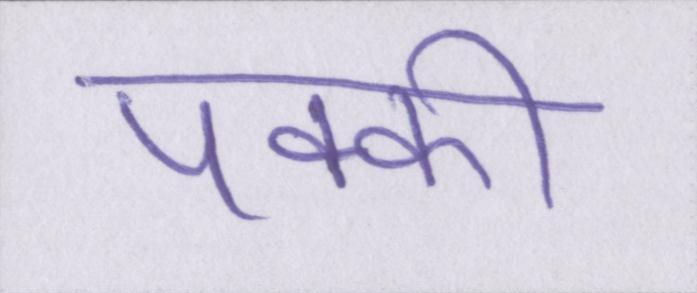
पक्की